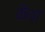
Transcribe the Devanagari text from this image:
कैथा